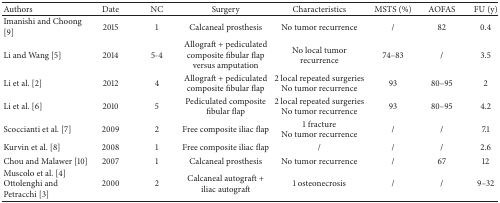
<table><thead><tr><td><b>Authors</b></td><td><b>Date</b></td><td><b>NC</b></td><td><b>Surgery</b></td><td><b>Characteristics</b></td><td><b>MSTS (%)</b></td><td><b>AOFAS</b></td><td><b>FU (y)</b></td></tr></thead><tbody><tr><td>Imanishi and Choong [9]</td><td>2015</td><td>1</td><td>Calcaneal prosthesis</td><td>No tumor recurrence</td><td>/</td><td>82</td><td>0.4</td></tr><tr><td>Li and Wang [5]</td><td>2014</td><td>5-4</td><td>Allograft + pediculated composite fibular flap versus amputation</td><td>No local tumor recurrence</td><td>74–83</td><td>/</td><td>3.5</td></tr><tr><td>Li et al. [2]</td><td>2012</td><td>4</td><td>Allograft + pediculated composite fibular flap</td><td>2 local repeated surgeriesNo tumor recurrence</td><td>93</td><td>80–95</td><td>2</td></tr><tr><td>Li et al. [6]</td><td>2010</td><td>5</td><td>Pediculated composite fibular flap</td><td>2 local repeated surgeriesNo tumor recurrence</td><td>93</td><td>80–95</td><td>4.2</td></tr><tr><td>Scoccianti et al. [7]</td><td>2009</td><td>2</td><td>Free composite iliac flap</td><td>1 fractureNo tumor recurrence</td><td>/</td><td>/</td><td>7.1</td></tr><tr><td>Kurvin et al. [8]</td><td>2008</td><td>1</td><td>Free composite iliac flap</td><td>/</td><td>/</td><td>/</td><td>2.6</td></tr><tr><td>Chou and Malawer [10]</td><td>2007</td><td>1</td><td>Calcaneal prosthesis</td><td>No tumor recurrence</td><td>/</td><td>67</td><td>12</td></tr><tr><td>Muscolo et al. [4]Ottolenghi and Petracchi [3]</td><td>2000</td><td>2</td><td>Calcaneal autograft + iliac autograft</td><td>1 osteonecrosis</td><td>/</td><td>/</td><td>9–32</td></tr></tbody></table>